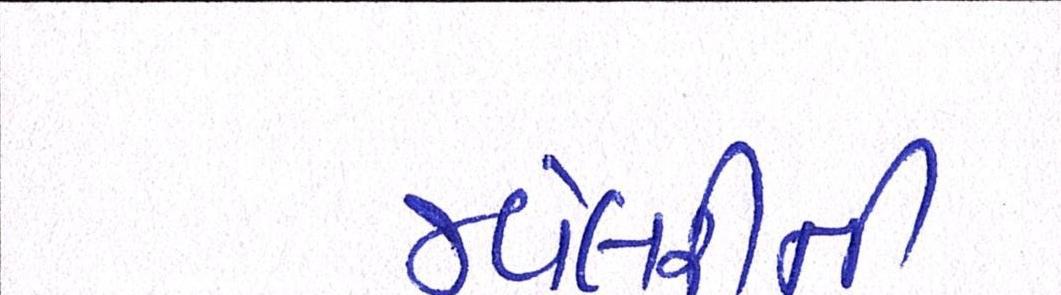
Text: જ્વેલરીની